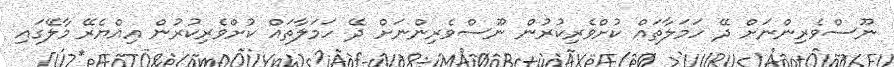
ނޫސްވެރިންނަށް ދޭ ހަމަލާތައް ކުށްވެރިކުރުން ނޫސްވެރިންނަށް ދޭ ހަމަލާތައް ކުށްވެރިކުރުން އިއްޔެރޭ މާލޭގައި